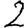
Digit: 2